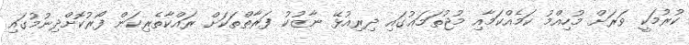
ކުރުމަކީ ވަރަށް މުހިއްމު ކަމެއްކަމާއި މުޖުތަމަޢުގައި ދިރިއުޅޭ ނާޒުކު ފަރާތްތަކަށް ރައްކާތެރިކަން ފޯރުކޮށްދިނުމުގައި